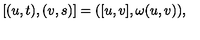
[ ( u , t ) , ( v , s ) ] = ( [ u , v ] , \omega ( u , v ) ) ,